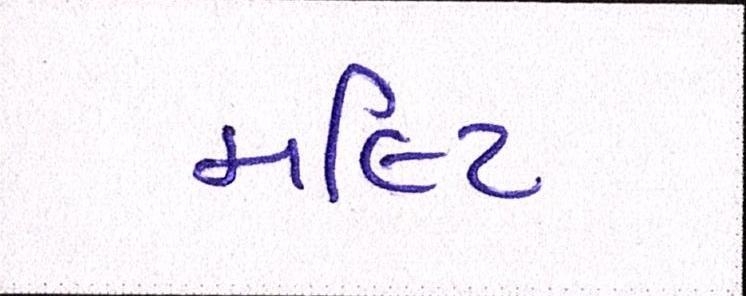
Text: મલ્ટિ